Lunatic asylums Central Provinces reports 1874-1885 - 1874-1885
Year: 1874
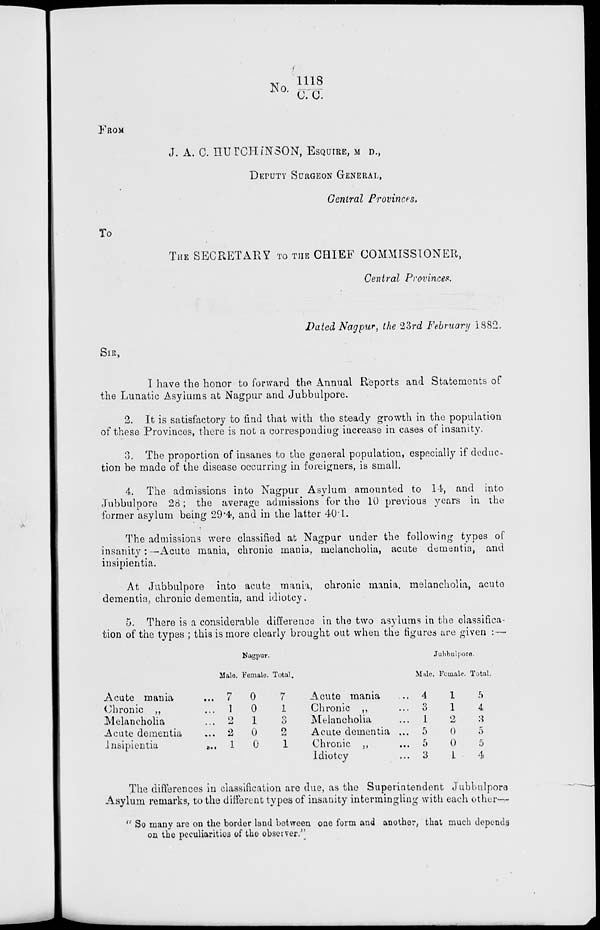
No. 1118/C.C.
FROM
J. A. C. HUTCHINSON, ESQUIRE, M. D.,
DEPUTY SURGEON GENERAL,
Central Provinces.
To
THE SECRETARY TO THE CHIEF COMMISSIONER,
Central Provinces.
Dated Nagpur, the 23rd February 1882.
SIR,
I have the honor to forward the Annual Reports and Statements of
the Lunatic Asylums at Nagpur and Jubbulpore.
2. It is satisfactory to find that with the steady growth in the population
of these Provinces, there is not a corresponding increase in cases of insanity.
3. The proportion of insanes to the general population, especially if deduc¬
tion be made of the disease occurring in foreigners, is small.
4. The admissions into Nagpur Asylum amounted to 14, and into
Jubbulpore 28; the average admissions for the 10 previous years in the
former asylum being 29.4, and in the latter 40.1.
The admissions were classified at Nagpur under the following types of
insanity: —Acute mania, chronic mania, melancholia, acute dementia, and
insipientia.
At Jubbulpore into acute mania, chronic mania, melancholia, acute
dementia, chronic dementia, and idiotcy.
5. There is a considerable difference in the two asylums in the classifica
tion of the types ; this is more clearly brought out when the figures are given : —
Acute mania ...
Chronic „ ...
Melancholia ...
Acute dementia ...
Insipientia
...
Nagpur.
Male.
7
1
2
2
1
Female.
0
0
1
0
0
Total.
7
1
3
2
1
Acute mania ...
Chronic „ ...
Melancholia ...
Acute dementia ...
Chronic „ ...
Idiotcy ...
Jubbulpore.
Male.
4
3
1
5
5
3
Female.
l
l
2
0
0
1
Total.
5
4
3
5
5
4
The differences in classification are due, as the Superintendent Jubbulpore
Asylum remarks, to the different types of insanity intermingling with each other—
" So many are on the border land between one form and another, that much depends
on the peculiarities of the observer."